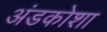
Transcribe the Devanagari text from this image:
अंडकोशा